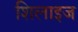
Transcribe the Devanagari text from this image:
शिलाइज